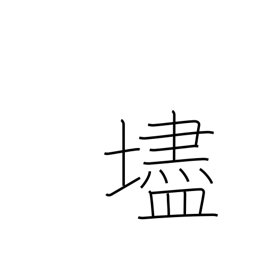
Meaning: steep slope